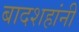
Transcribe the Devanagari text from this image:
बादशहांनी